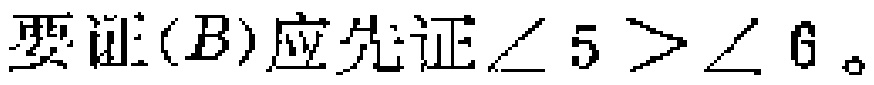
要证$(B)$应先证$\angle 5 > \angle 6$。